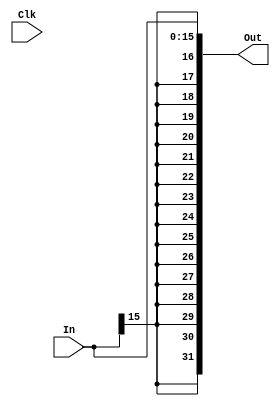
module Sign_extender (In, Out, Clk);
	input [15:0] In;
    	input Clk;
	output [31:0] Out;
    	assign Out = $signed(In);    
endmodule